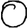
Digit: 0